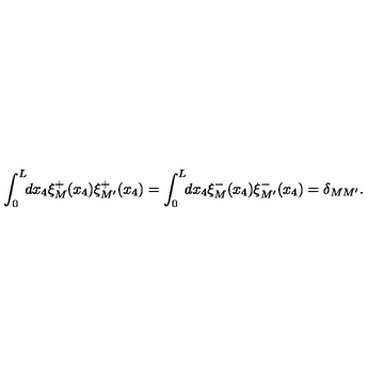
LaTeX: \int _ { 0 } ^ { L } \! \! d x _ { 4 } \xi _ { M } ^ { + } ( x _ { 4 } ) \xi _ { M ^ { \prime } } ^ { + } ( x _ { 4 } ) = \int _ { 0 } ^ { L } \! \! d x _ { 4 } \xi _ { M } ^ { - } ( x _ { 4 } ) \xi _ { M ^ { \prime } } ^ { - } ( x _ { 4 } ) = \delta _ { M M ^ { \prime } } .